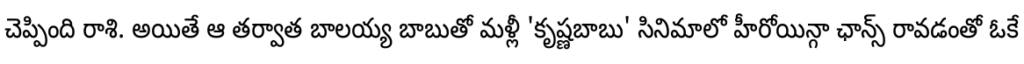
చెప్పింది రాశి. అయితే ఆ తర్వాత బాలయ్య బాబుతో మళ్లీ 'కృష్ణబాబు' సినిమాలో హీరోయిన్గా ఛాన్స్ రావడంతో ఓకే